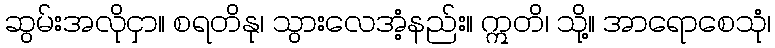
ဆွမ်းအလိုငှာ။ စရတိနု၊ သွားလေအံ့နည်း။ ဣတိ၊ သို့။ အာရောစေသုံ၊